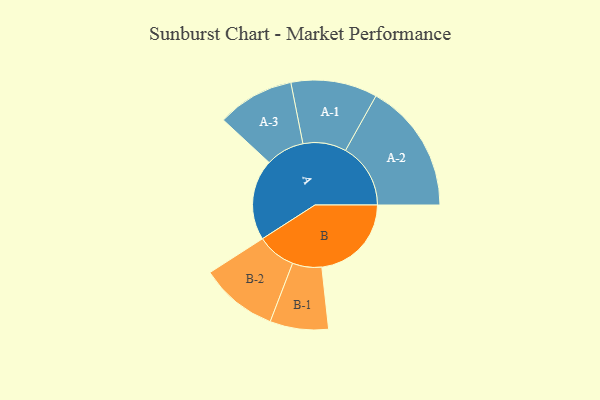
{"axis": {"x": "Segment", "y": "Value"}, "legend": ["", "A", "B"], "data": [{"x": "A", "y": 277, "type": ""}, {"x": "B", "y": 307, "type": ""}, {"x": "A-1", "y": 148, "type": "A"}, {"x": "A-2", "y": 223, "type": "A"}, {"x": "A-3", "y": 132, "type": "A"}, {"x": "B-1", "y": 100, "type": "B"}, {"x": "B-2", "y": 133, "type": "B"}]}